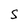
Character: S